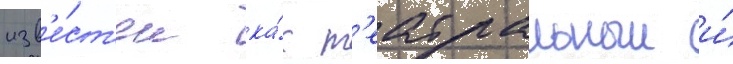
изв'е́ст'ен ка́к т'еатральныи и́